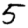
Digit: 5